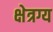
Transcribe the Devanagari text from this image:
क्षेत्रग्य